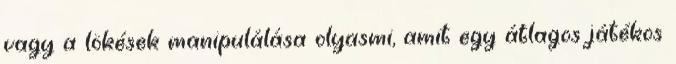
vagy a lökések manipulálása olyasmi, amit egy átlagos játékos